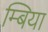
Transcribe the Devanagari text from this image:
म्बिया